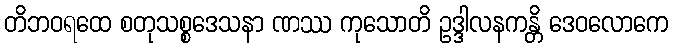
တိဘဝရထေ စတုသစ္စဒေသနာ ဏဿ ကုသောတိ ဥဒ္ဒါလနကန္တိ ဒေဝလောကေ